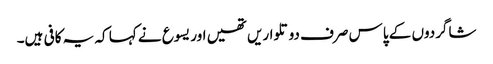
‏ شاگردوں کے پاس صرف دو تلواریں تھیں اور یسوع نے کہا کہ یہ کافی ہیں۔